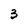
Character: 3